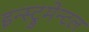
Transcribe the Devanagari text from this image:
इन्स्ट्रुमेन्टल